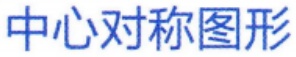
中心对称图形